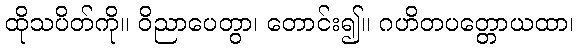
ထိုသပိတ်ကို။ ဝိညာပေတွာ၊ တောင်း၍။ ဂဟိတပတ္တောယထာ၊